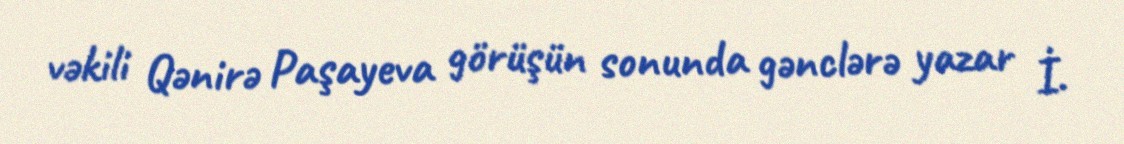
vəkili Qənirə Paşayeva görüşün sonunda gənclərə yazar İ.